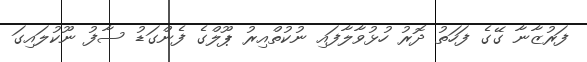
ފަރުޒާނާ ގޭގެ ފަހަތު ދޮރު ހުޅުވާލާފައި ނުކުތްއިރު ޕޫލްގެ ފެންގަޑު ސާފު ނޫކުލައިގަ